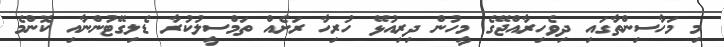
މި މަހާސިންތާގައި ދިވެހިރާއްޖޭގެ މީހުން ދިރިއުޅޭ ހުރިހާ ރަށެއް ތަމްސީލުކުރާ ޑެލިގޭޓުންނާއި ކޮންމެ